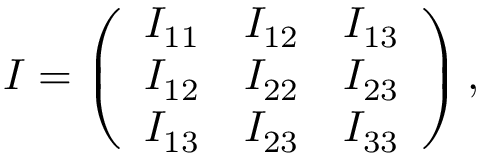
\begin{array} { r } { I = \left( \begin{array} { c c c } { I _ { 1 1 } } & { I _ { 1 2 } } & { I _ { 1 3 } } \\ { I _ { 1 2 } } & { I _ { 2 2 } } & { I _ { 2 3 } } \\ { I _ { 1 3 } } & { I _ { 2 3 } } & { I _ { 3 3 } } \end{array} \right) , } \end{array}